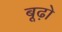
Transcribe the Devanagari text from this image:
बूढ़ो